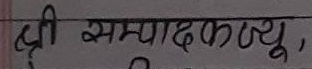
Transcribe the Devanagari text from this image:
श्री सम्पादकज्यू,